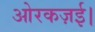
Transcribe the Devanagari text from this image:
ओरकज़ई।